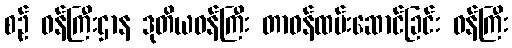
စဉ် ဝန်ကြီးဌာန ဒုတိယဝန်ကြီး တာဝန်ထမ်းဆောင်ခြင်း ဝန်ကြီး